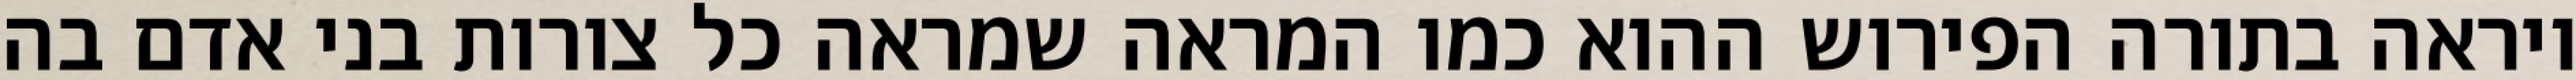
ויראה בתורה הפירוש ההוא כמו המראה שמראה כל צורות בני אדם בה